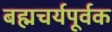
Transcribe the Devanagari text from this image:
बह्मचर्यपूर्वक